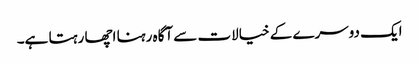
ایک دوسرے کے خیالات سے آگاہ رہنا اچھا رہتا ہے۔